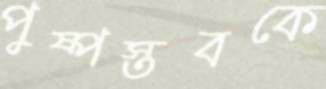
পুষ্পস্তবকে